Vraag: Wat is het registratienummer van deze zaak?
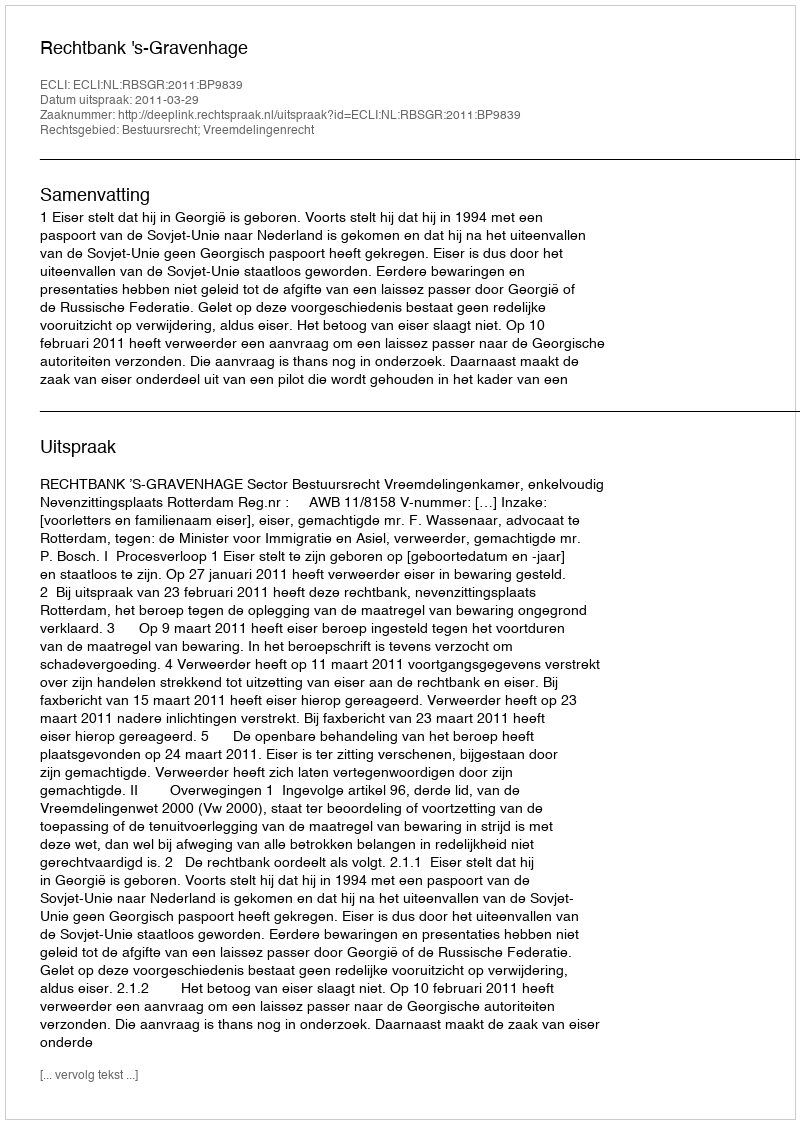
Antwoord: http://deeplink.rechtspraak.nl/uitspraak?id=ECLI:NL:RBSGR:2011:BP9839